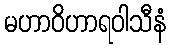
မဟာဝိဟာရဝါသီနံ